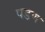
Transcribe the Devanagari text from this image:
पडण